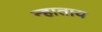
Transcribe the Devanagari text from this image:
न्हाताय